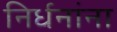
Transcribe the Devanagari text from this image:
निर्धनांना